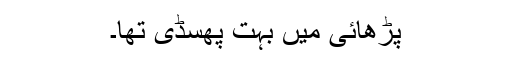
پڑھائی میں بہت پھسڈی تھا۔